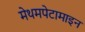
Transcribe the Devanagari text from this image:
मेथमपेटामाइन